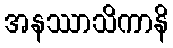
အနဿာသိကာနိ